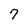
Character: 7